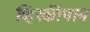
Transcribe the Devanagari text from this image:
व्हिस्कीपान